Leaving Certificate Examination, 1910
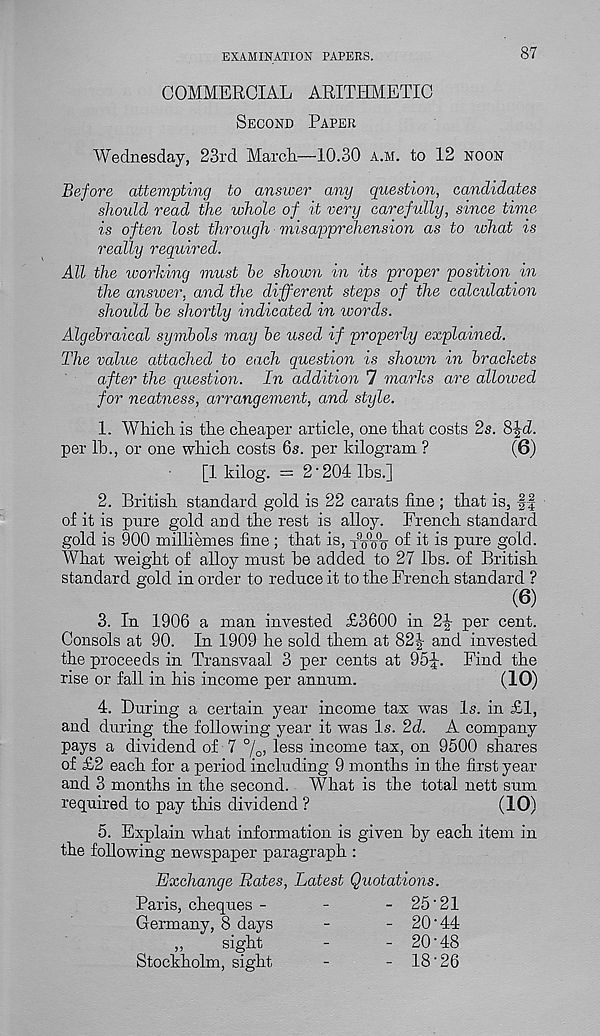
EXAMINATION PAPERS.
87
COMMERCIAL ARITHMETIC
Second Paper
Wednesday, 23rd March.—10.30 a.m. to 12 noon
Before attempting to answer any question, candidates
should read the whole of it very carefully, since time
is often lost through misapprehension as to what is
really required.
All the working must he shown in its proper position in
the answer, and the different steps of the calculation
should he shortly indicated in words.
Algebraical symbols may he used if properly explained.
The value attached to each question is shown in brackets
after the question. In addition 7 marks are allowed
for neatness, arrangement, and style.
1. Which is the cheaper article, one that costs 2s. 8%d.
per lb., or one which costs 6s. per kilogram ?
(6)
[1 kilog. = 2'204 lbs.]
2. British standard gold is 22 carats fine ; that is, ff
of it is pure gold and the rest is alloy. French standard
gold is 900 milliernes fine ; that is, FoVo °f it i s pure gold.
What weight of alloy must be added to 27 lbs. of British
standard gold in order to reduce it to the French standard ?
(6)
3. In 1906 a man invested £3600 in 2^- per cent.
Consols at 90. In 1909 he sold them at 82| and invested
the proceeds in Transvaal 3 per cents at 95J. Find the
rise or fall in his income per annum.
(10)
4. Luring a certain year income tax was Is. in £1,
and during the following year it was Is. 2d. A company
pays a dividend of 7 %, less income tax, on 9500 shares
of £2 each for a period including 9 months in the first year
and 3 months in the second. What is the total nett sum
required to pay this dividend ?
(10)
5. Explain what information is given by each item in
the following newspaper paragraph :
Exchange Rates, Latest Quotations.
Paris, cheques -
-
- 25'21
Germany, 8 days
-
- 20‘44
,,
sight
-
- 20‘48
Stockholm, sight
-
- 18‘26